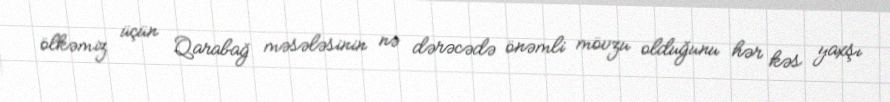
ölkəmiz üçün Qarabağ məsələsinin nə dərəcədə önəmli mövzu olduğunu hər kəs yaxşı